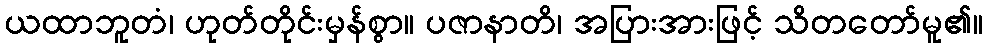
ယထာဘူတံ၊ ဟုတ်တိုင်းမှန်စွာ။ ပဇာနာတိ၊ အပြားအားဖြင့် သိတတော်မူ၏။